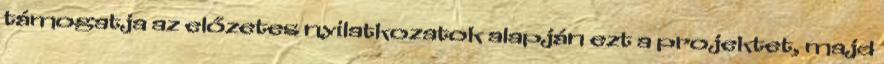
támogatja az előzetes nyilatkozatok alapján ezt a projektet, majd